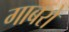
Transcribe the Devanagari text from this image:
गाबरो